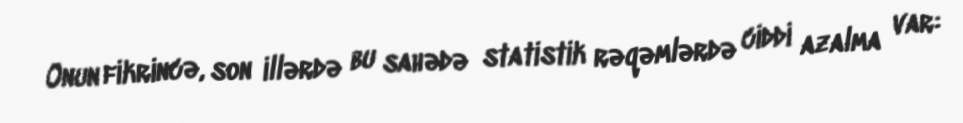
Onun fikrincə, son illərdə bu sahədə statistik rəqəmlərdə ciddi azalma var: